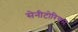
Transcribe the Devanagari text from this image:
सेनीटोरियम